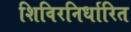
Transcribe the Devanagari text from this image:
शिविरनिर्धारित